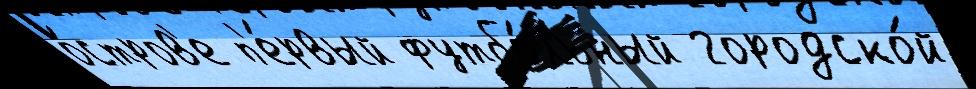
о́стров'е п'е́рвый футбо́льный городско́й